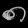
Digit: ၈